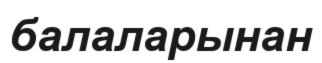
балаларынан